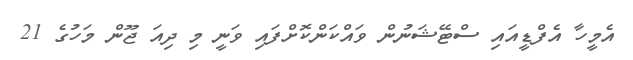
އެމީހާ އެފްޑީއައި ސްޓޭޝަނުން ވައްކަންކޮށްފައި ވަނީ މި ދިއަ ޖޫން މަހުގެ 21